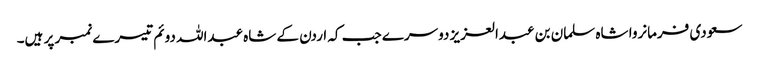
سعودی فرمانروا شاہ سلمان بن عبدالعزیز دوسرے جب کہ اردن کے شاہ عبداللہ دوئم تیسرے نمبر پر ہیں۔